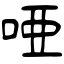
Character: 唖